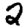
Digit: 2